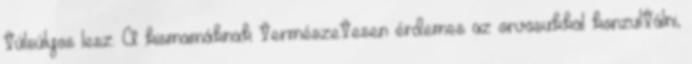
túlsúlyos lesz. A kismamáknak természetesen érdemes az orvosukkal konzultálni,